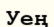
Уең